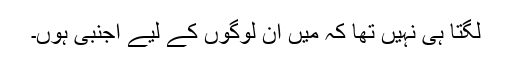
لگتا ہی نہیں تھا کہ میں ان لوگوں کے لیے اجنبی ہوں۔